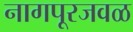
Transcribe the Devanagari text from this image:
नागपूरजवळ